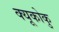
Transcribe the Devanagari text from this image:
क्यूकोकु